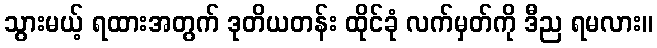
သွားမယ့် ရထားအတွက် ဒုတိယတန်း ထိုင်ခုံ လက်မှတ်ကို ဒီည ရမလား။